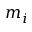
m _ { i }